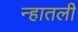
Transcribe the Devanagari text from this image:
न्हातली